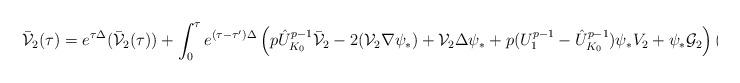
LaTeX: \begin{align*}\bar{ \mathcal{V}}_2 (\tau) = e^{\tau \Delta} (\bar{ \mathcal{V}}_2 (\tau) ) + \int_0^\tau e^{(\tau - \tau')\Delta} \left( p \hat U_{K_0}^{p-1} \bar {\mathcal{V}}_2 - 2 (\mathcal{V}_2 \nabla \psi_*) + \mathcal{V}_2 \Delta \psi_* + p (U_1^{p-1} - \hat U_{K_0}^{p-1}) \psi_* V_2 + \psi_* \mathcal{G}_2 \right) (\tau') d\tau'.\end{align*}